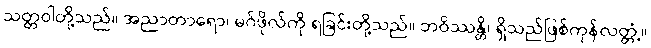
သတ္တဝါတို့သည်။ အညာတာရော၊ မဂ်ဖိုလ်ကို ရခြင်းတို့သည်။ ဘဝိဿန္တိ၊ ရှိသည်ဖြစ်ကုန်လတ္တံ့။